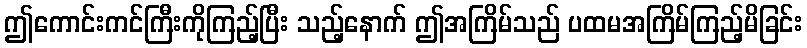
ဤကောင်းကင်ကြီးကိုကြည့်ပြီး သည့်နောက် ဤအကြိမ်သည် ပထမအကြိမ်ကြည့်မိခြင်း